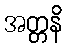
အတ္တနိ